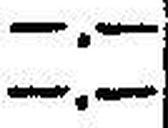
—.—